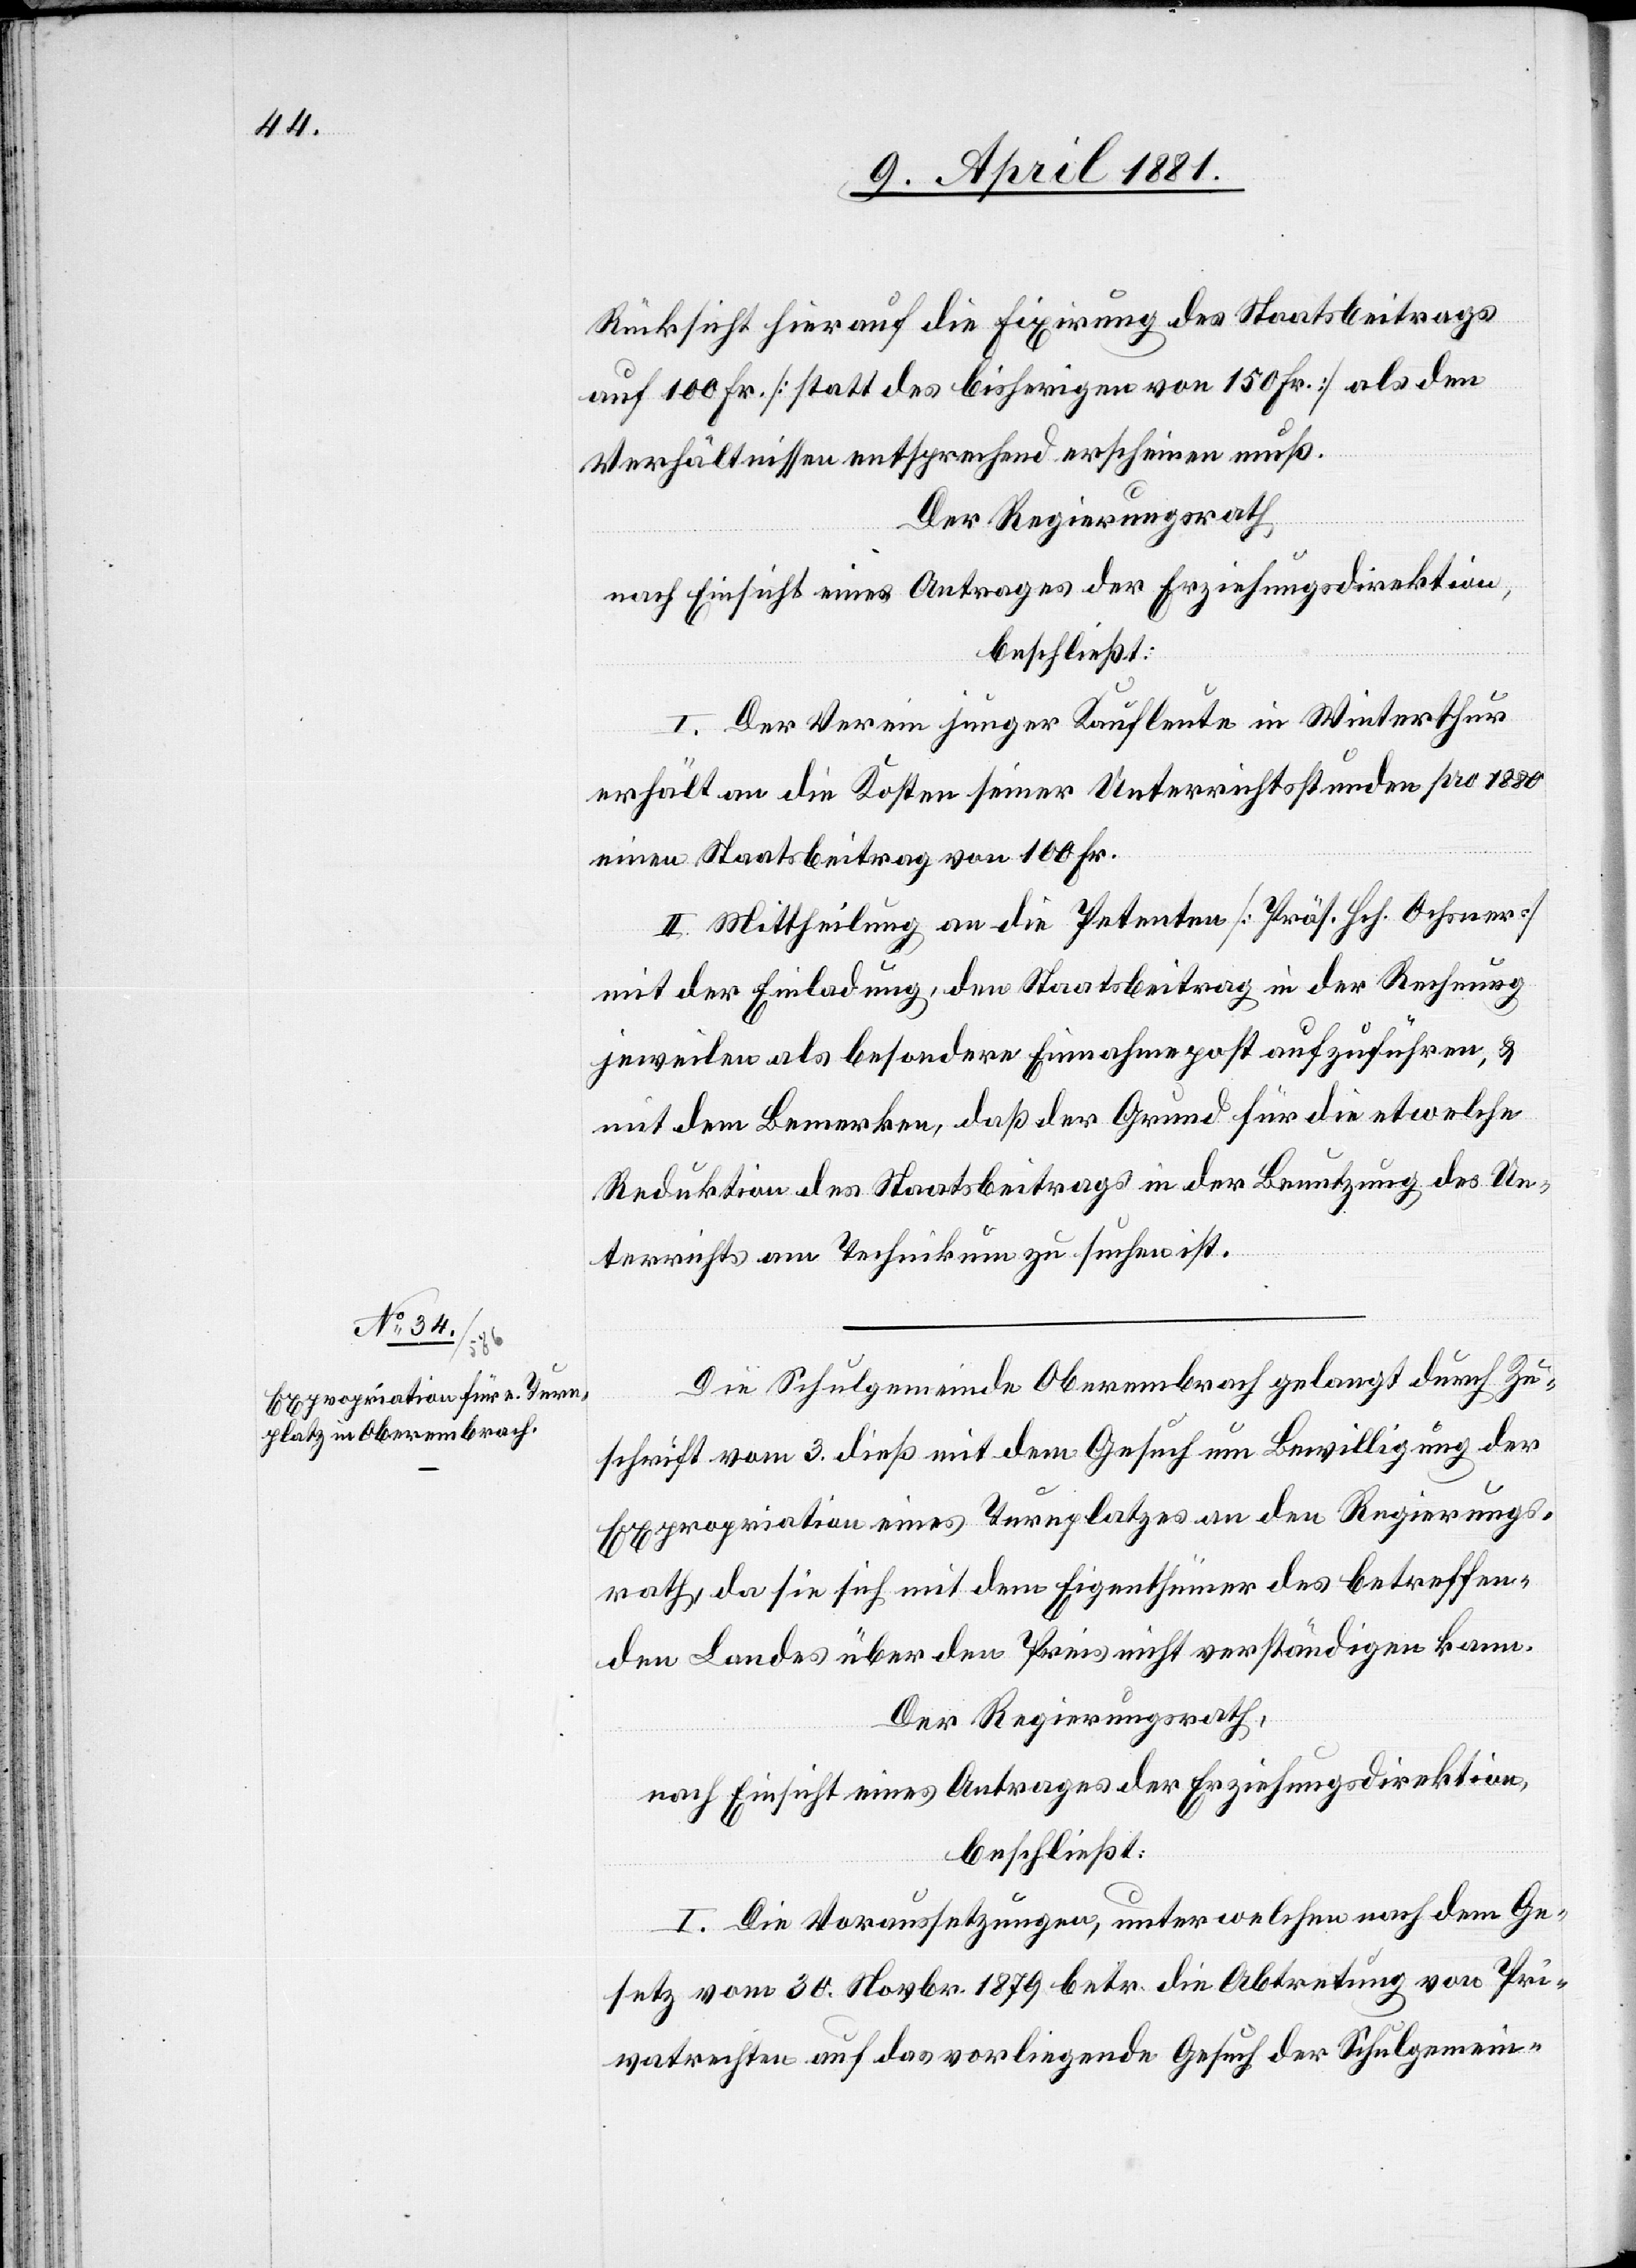
Rücksicht hierauf die Fixirung des Staatsbeitrags
auf 100 Fr. [statt des bisherigen von 150 Fr.] als den
Verhältnissen entsprechend erscheinen muß.
Der Regierungsrath,
nach Einsicht eines Antrages der Erziehungsdirektion,
beschließt:
I. Der Verein junger Kaufleute in Winterthur
erhält an die Kosten seiner Unterrichtsstunden pro 1880
einen Staatsbeitrag von 100 Fr.
II. Mittheilung an die Petenten [Präs. Hch. Ochsner]
mit der Einladung, den Staatsbeitrag in der Rechnung
jeweilen als besondere Einnahmepost aufzuführen, &
mit dem Bemerken, daß der Grund für die etwelche
Reduktion des Staatsbeitrags in der Benutzung des Un¬
terrichts am Technikum zu suchen ist.
Die Schulgemeinde Oberembrach gelangt durch Zu¬
schrift vom 3. dieß mit dem Gesuch um Bewilligung der
Expropriation eines Turnplatzes an den Regierungs¬
rath, da sie sich mit dem Eigenthümer des betreffen¬
den Landes über den Preis nicht verständigen kann.
Der Regierungsrath,
nach Einsicht eines Antrages der Erziehungsdirektion,
beschließt:
I. Die Voraussetzungen, unter welchen nach dem Ge¬
setz vom 30. Novbr. 1879 betr. die Abtretung von Pri¬
vatrechten auf das vorliegende Gesuch der Schulgemein-